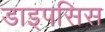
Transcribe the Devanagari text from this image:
डाइपसिस